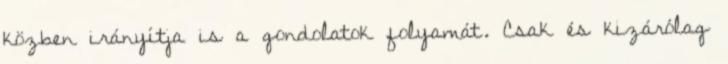
közben irányítja is a gondolatok folyamát. Csak és kizárólag